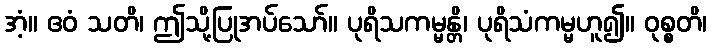
အံ့။ ဧဝံ သတိ၊ ဤသို့ပြုအပ်သော်။ ပုရိသကမ္မန္တိ၊ ပုရိသံကမ္မဟူ၍။ ဝုစ္စတိ၊